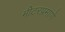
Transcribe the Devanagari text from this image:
मीटरप्रमाणे